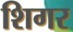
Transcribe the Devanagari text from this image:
शिगर